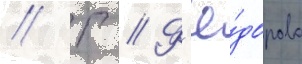
// Г // Ф'ё́дорова